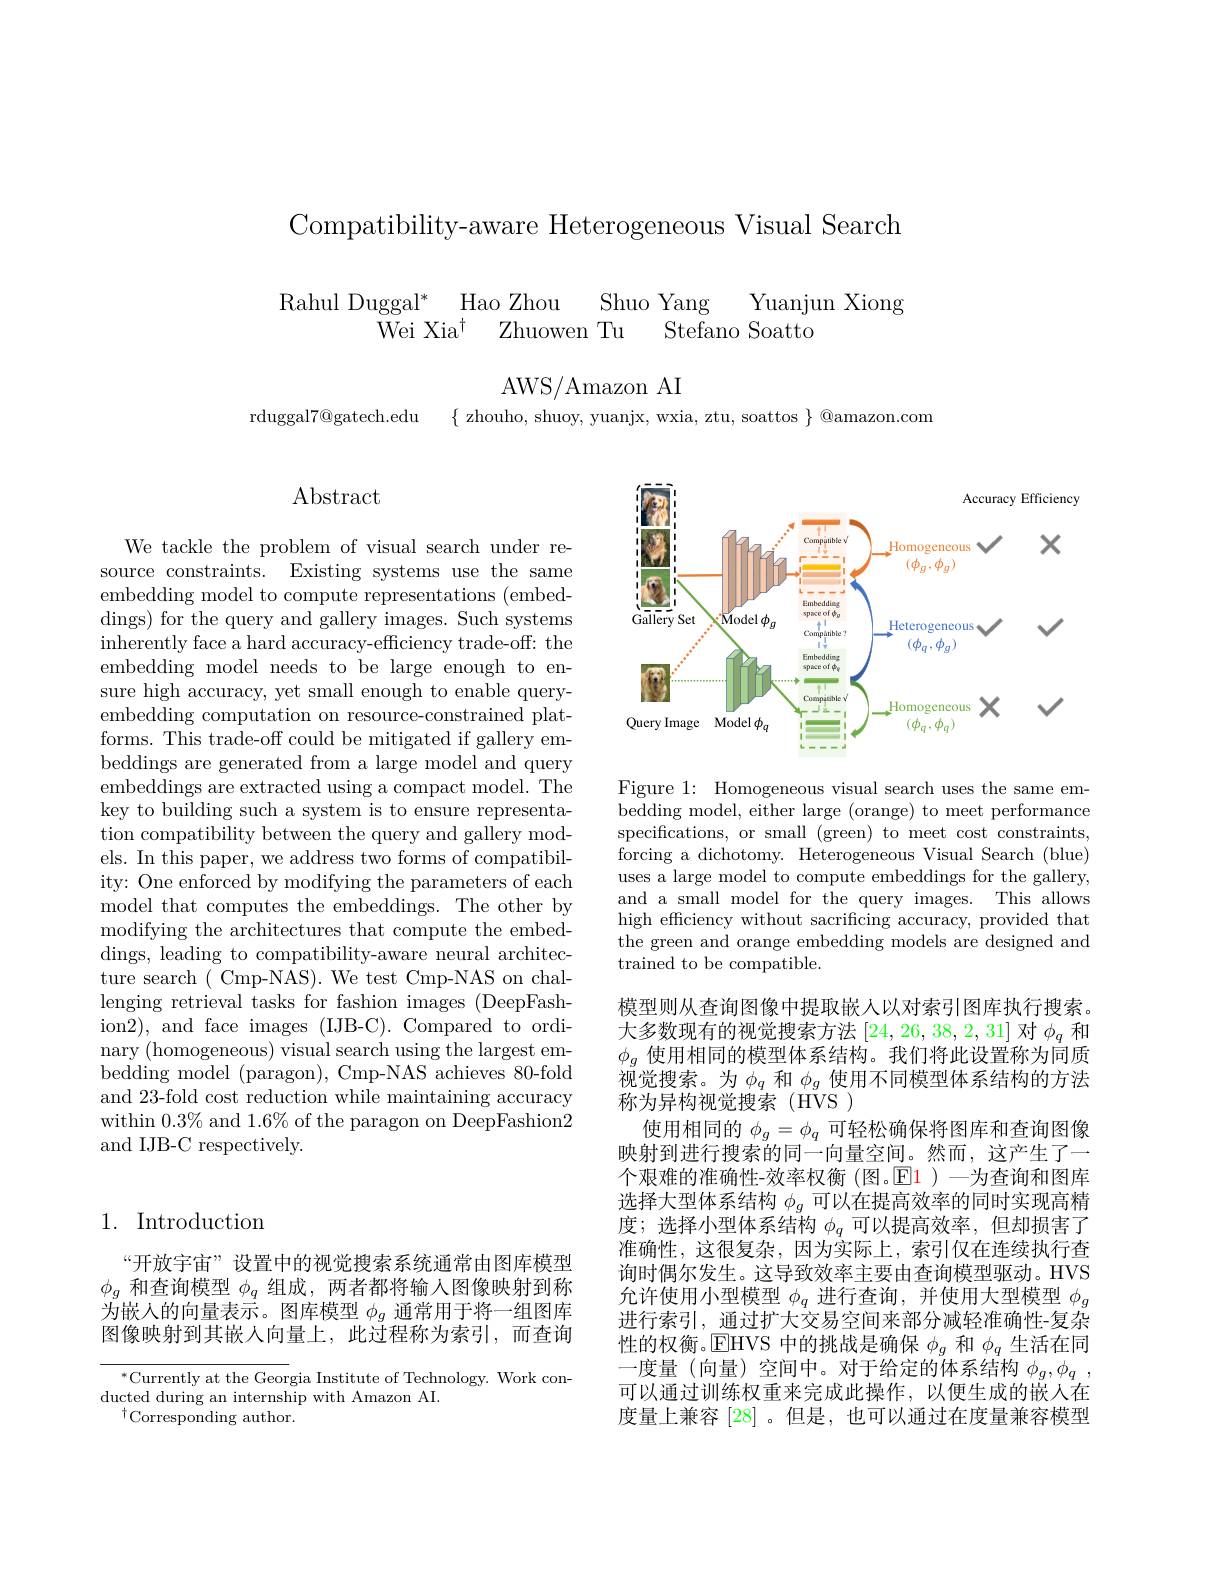
Compatibility-aware Heterogeneous Visual Search

# Shuo Yang Yuanjun Xiong Rahul Duggal$^*$ Hao Zhou Wei Xia$^{\dagger}$Zhuowen Tu Stefano Soatto

AWS/ Amazon AI

rduggal7@gatech.edu

$\{$ zhouho, shuoy, yuanjx, wxia, ztu, soattos $\}$ @amazon.com

Abstract

We tackle the problem of visual search under resource constraints. Existing systems use the same embedding model to compute representations (embeddings) for the query and gallery images. Such systems inherently face a hard accuracy-efficiency trade-off: the embedding model needs to be large enough to ensure high accuracy, yet small enough to enable queryembedding computation on resource-constrained platforms. This trade-off could be mitigated if gallery embeddings are generated from a large model and query embeddings are extracted using a compact model. The key to building such a system is to ensure representation compatibility between the query and gallery models. In this paper, we address two forms of compatibility: One enforced by modifying the parameters of each model that computes the embeddings. The other by modifying the architectures that compute the embeddings, leading to compatibility-aware neural architecture search ( Cmp-NAS). We test Cmp-NAS on challenging retrieval tasks for fashion images (DeepFashion2), and face images (IJB-C). Compared to ordinary (homogeneous) visual search using the largest embedding model (paragon), Cmp-NAS achieves 80-fold and 23-fold cost reduction while maintaining accuracy within $0.3\%$ and 1.6% of the paragon on DeepFashion2 and IJB-C respectively.

## 1. Introduction

“开放宇宙”设置中的视觉搜索系统通常由图库模型$\phi_g$和查询模型$\phi_q$组成，两者都将输入图像映射到称为嵌入的向量表示。图库模型$\phi_g$通常用于将一组图库图像映射到其嵌人向量上，此过程称为索引，而查询

$^*$Currently at the Georgia Institute of Technology. Work con-
ducted during an internship with Amazon AI.
$^{\dagger}$Corresponding author.

<FigureHere>

Figure 1: Homogeneous visual search uses the same embedding model, either large (orange) to meet performance specifications, or small (green) to meet cost constraints, forcing a dichotomy. Heterogeneous Visual Search (blue) uses a large model to compute embeddings for the gallery, and a small model for the query images. This allows high efficiency without sacrificing accuracy, provided that the green and orange embedding models are designed and trained to be compatible.

模型则从查询图像中提取嵌人以对索引图库执行搜索。大多数现有的视觉搜索方法[24,26,38,2,31]对$\phi_q$和$\phi_g$使用相同的模型体系结构。我们将此设置称为同质视觉搜索。为$\phi_q$和$\phi_g$使用不同模型体系结构的方法称为异构视觉搜索(HVS)
使用相同的$\phi_g=\phi_q$可轻松确保将图库和查询图像映射到进行搜索的同一向量空间。然而，这产生了一个艰难的准确性-效率权衡 (图。$\operatorname{E}\color{red}1)-$为查询和图库选择大型体系结构$\phi_g$可以在提高效率的同时实现高精度；选择小型体系结构$\phi_q$可以提高效率，但却损害了准确性，这很复杂，因为实际上，索引仅在连续执行查询时偶尔发生。这导致效率主要由查询模型驱动。HVS 允许使用小型模型$\phi_q$进行查询，并使用大型模型$\phi_g$ 进行索引，通过扩大交易空间来部分减轻准确性-复杂性的权衡。$\operatorname{EHVS}$中的挑战是确保$\phi_g$和$\phi_q$生活在同一度量(向量)空间中。对于给定的体系结构$\phi_g,\phi_q$, 可以通过训练权重来完成此操作，以便生成的嵌人在度量上兼容 [28] 。但是，也可以通过在度量兼容模型